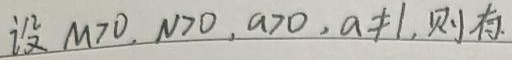
设 \(M>0,\ N>0,\ a>0,\ a\neq1\), 则有